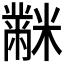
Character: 𪓋